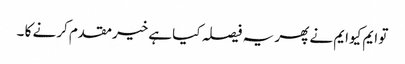
تو ایم کیوایم نے پھر یہ فیصلہ کیا ہےخیرمقدم کرنے کا ۔